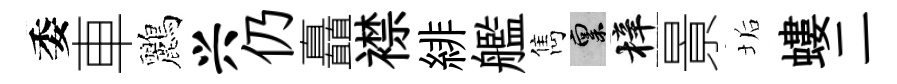
委車鸝兴仍矗襟緋艦雋禀梓㬌垢螻二